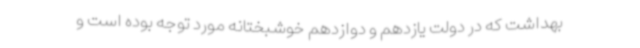
بهداشت که در دولت یازدهم و دوازدهم خوشبختانه مورد توجه بوده است و